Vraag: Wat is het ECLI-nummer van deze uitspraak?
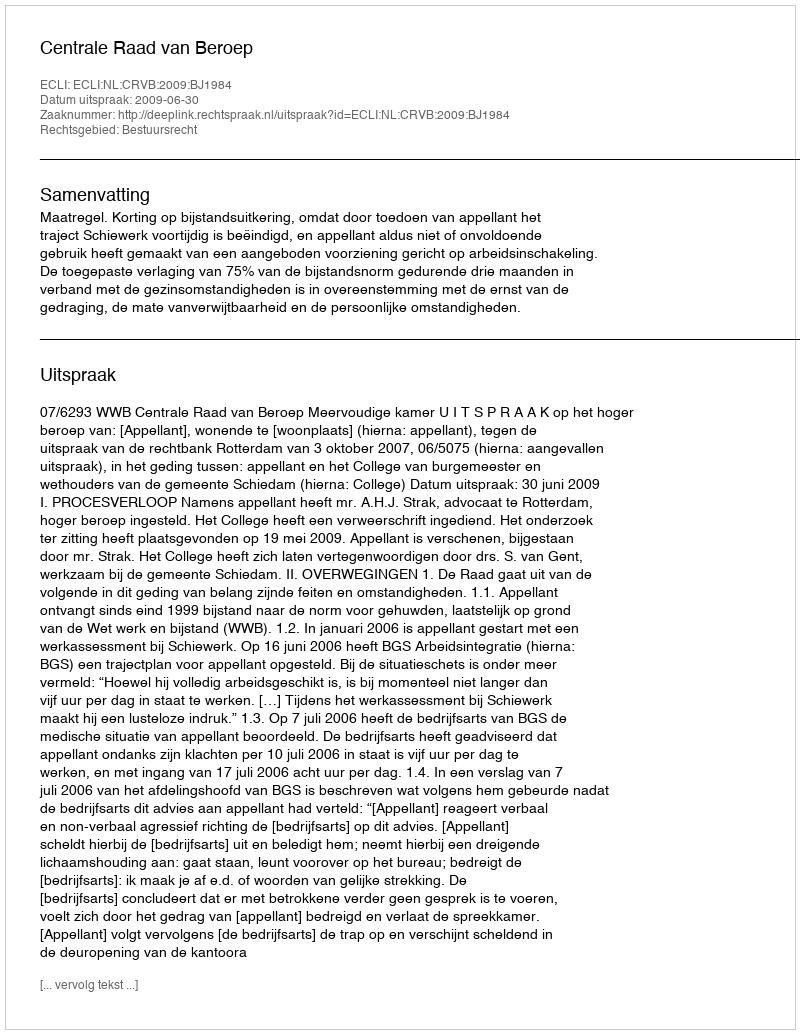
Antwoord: ECLI:NL:CRVB:2009:BJ1984